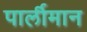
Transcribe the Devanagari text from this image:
पार्लीमान